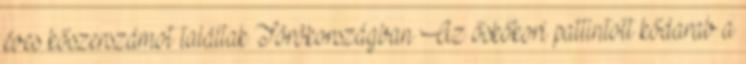
éves kőszerszámot találtak Törökországban Az őskőkori pattintott kődarab a